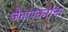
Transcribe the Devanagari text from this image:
जैतापकरांचा